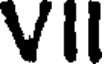
VII